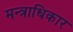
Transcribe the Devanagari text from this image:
मन्त्राधिकार